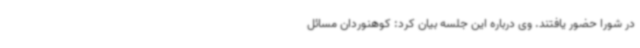
در شورا حضور یافتند. وی درباره این جلسه بیان کرد: کوهنوردان مسائل